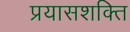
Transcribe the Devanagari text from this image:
प्रयासशक्ति